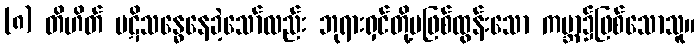
(၈) တိဟိတ် ပဋိသန္ဓေနေခဲ့သော်လည်း ဘုရားရှင်တို့မဖြစ်ထွန်းသော ကမ္ဘာ၌ဖြစ်သောသူ။